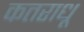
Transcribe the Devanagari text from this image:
कतराधू